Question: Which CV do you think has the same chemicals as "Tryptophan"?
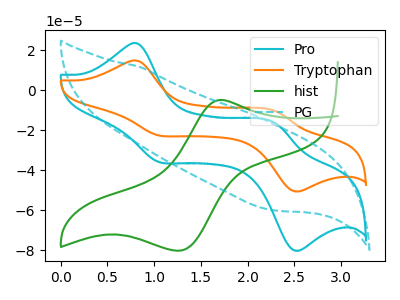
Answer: <think>The cyan curve "Pro" has anodic peaks at (0.80V, 23.40uA) (2.30V, -16.40uA) and cathodic peaks at (1.05V, -35.85uA) (2.50V, -80.00uA). The orange curve "Tryptophan" has anodic peaks at (0.80V, 14.75uA) (2.30V, -10.35uA) and cathodic peaks at (1.05V, -22.60uA) (2.50V, -50.45uA). The green curve "hist" has an anodic peak at (1.70V, -4.90uA) and a cathodic peak at (1.25V, -80.40uA). The cyan dashed curve "PG" has no peaks.
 All the peaks in "Pro" have a peak in "Tryptophan" at the same potential. "Pro" and "hist" have a different number of peaks. "Pro" and "PG" have a different number of peaks. "Tryptophan" and "hist" have a different number of peaks. "Tryptophan" and "PG" have a different number of peaks. "hist" and "PG" have a different number of peaks.</think>
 <answer>The CV with the most similar shape to "Pro" is "Tryptophan".</answer>
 <eval>"Tryptophan"</eval>